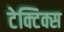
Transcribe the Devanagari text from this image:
टेक्टिक्स